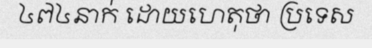
៤៧៤នាក់ ដោយហេតុថា ប្រទេស